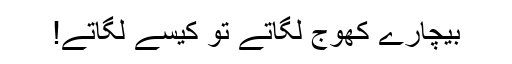
بیچارے کھوج لگاتے تو کیسے لگاتے!